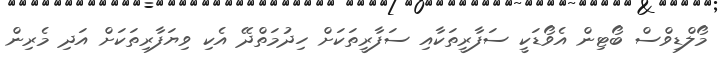
މޯލްޑިވްސް ބޯޓިން އެވޯޑަކީ ސަފާރީތަކާއި ސަފާރީތަކަށް ހިދުމަތްދޭ އެކި ވިޔަފާރިތަކަށް އަދި މެރިން